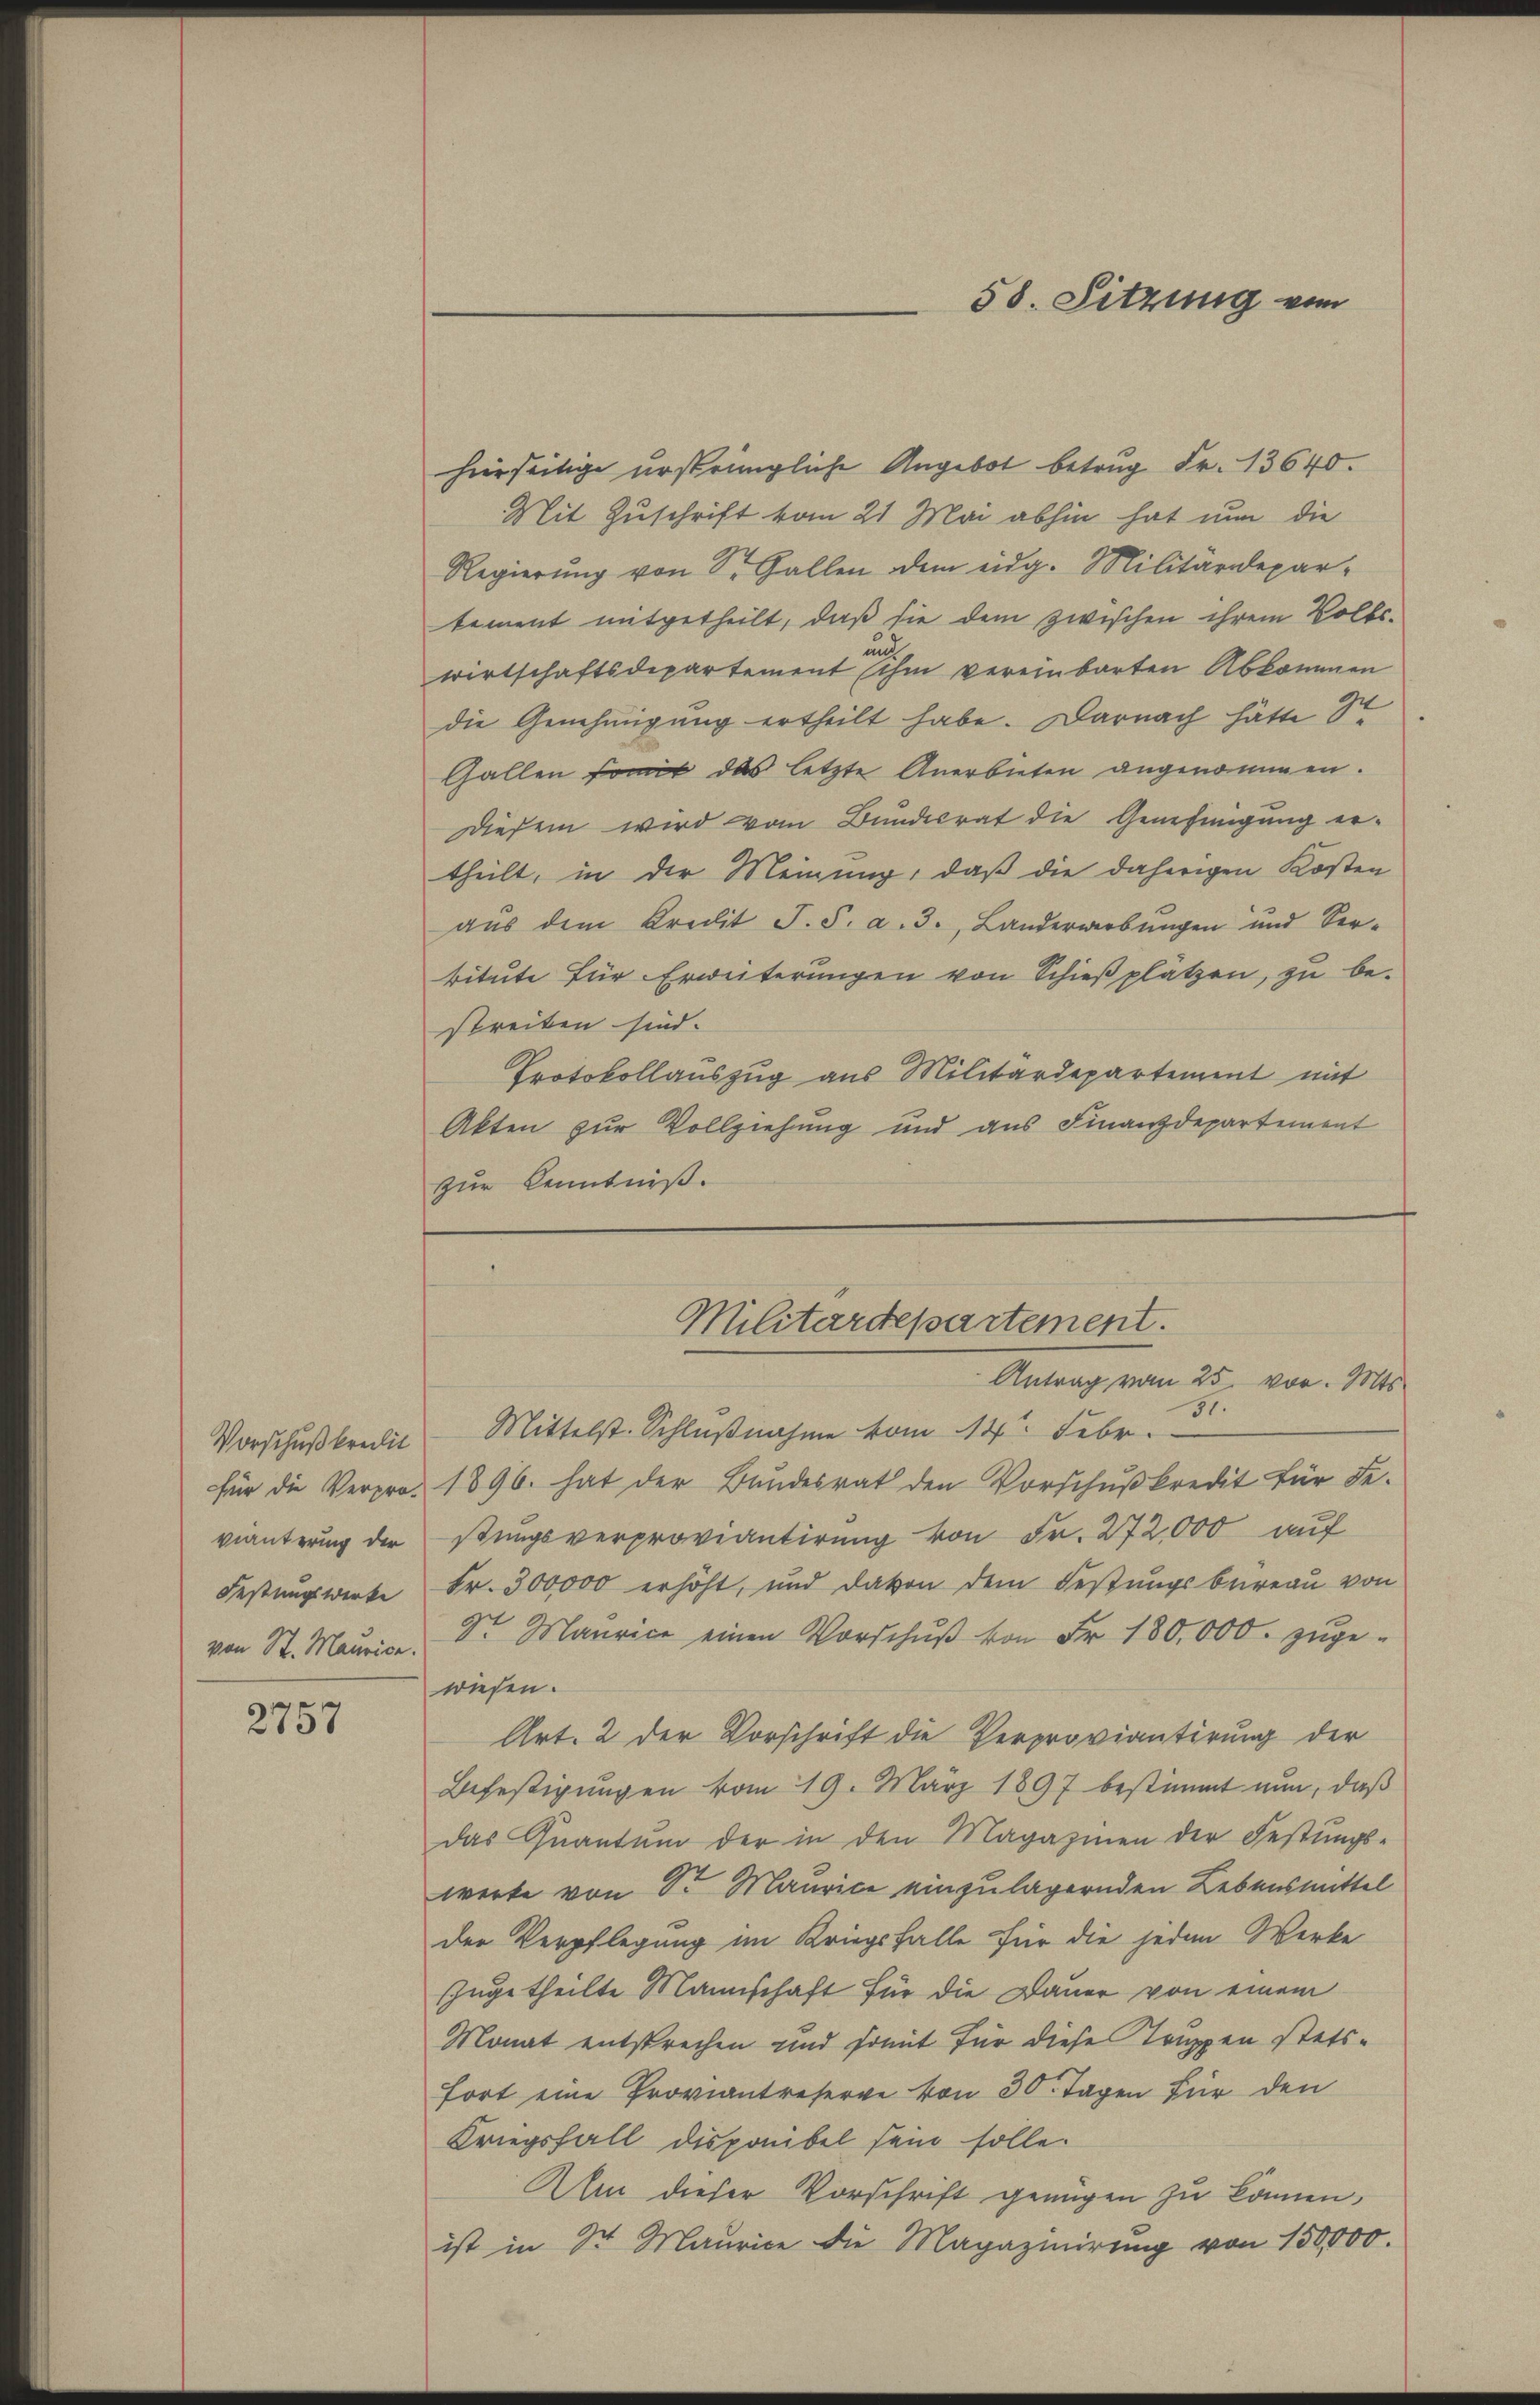
vianterung der
von St. Maurice.

2757

hierseitige ursprüngliche Angebot betrug Fr. 13640.
Mit Zuschrift vom 21. Mai abhin hat nun die
Regierung von Sr. Gallen dem eidg. Militärdepar-
tement mitgetheilt, daß sie dem zwischen ihrem Volks-
und
wirtschaftsdepartement ihm vereinbarten Abkommen
die Genehmigung ertheilt habe. Darnach hätte 9t
Gallen somit das letzte Anerbieten angenommen.
Diesem wird vom Bundesrat die Genehmigung ertheilt, in der Meinung, daß die daherigen Kosten
aŭs dem Kredit J. S. a. 3., Landerwerbŭngen und Ver-
titute für Erweiterungen von Schießplätzen, zu bestreiten sind.
Protokollauszug aus Militärdepartement mit
Akten zur Vollziehung und aus Finanzdepartement
zur Kenntniß.

58. Sitzung von

Antrag vom 25. vor. Mts.
Vorschußkredit Mittelst Schlußnahme vom 14ten Febr.
für die Verpro 1896. hat der Bundesrat den Vorschŭβkredit für de
stungsverproviantirung von Fr. 272,000 auf
Festungswerke Fr. 300,000 erhöht, und davon dem Festungsbureau von
St Maurice einen Vorschŭβ von Fr. 180,000. zŭge-
wiesen.
Art. 2 der Vorschrift die Verproviantirung der
Befestigungen vom 19. März 1897 bestimmt nun, daß
das Quantum der in den Magazinen der Festungs-
werke von Sr. Maurice einzulagernden Lebensmittel
der Verpflegung im Kriegsfalle für die jeden Werke
zugetheilte Mannschaft für die Dauer von einem
Monat entsprechen und somit für diese Truppen stetsfort eine Proviantreserve von 30. Tagen Für den
Kriegsfall disponibel sein solle.
Alm dieser Vorschrift genügen zu können,
ist in 3 Maurice die Magazinirung von 150,000.

Militärdepartement.